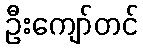
ဦးကျော်တင်